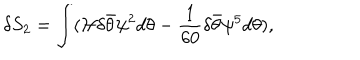
LaTeX: \delta S _ { 2 } = \int ( { \cal H } \delta \bar { \theta } \psi ^ { 2 } d \theta - { \frac { 1 } { 6 0 } } \delta \bar { \theta } \psi ^ { 5 } d \theta ) ,